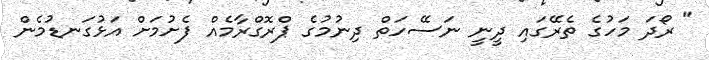
" ރޯދަ މަހުގެ ތެރޭގައި ދީނީ ނަސޭހަތް ދިނުމުގެ ޕްރޮގްރާމެއް ފެށުމަށް އަޅުގަނޑުމެން